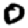
Digit: 0